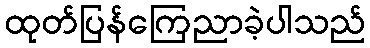
ထုတ်ပြန်ကြေညာခဲ့ပါသည်